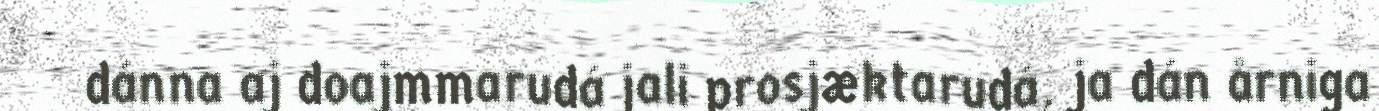
dánna aj doajmmarudá jali prosjæktarudá, ja dán årniga